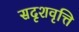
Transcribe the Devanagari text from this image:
सदृशवृत्ति